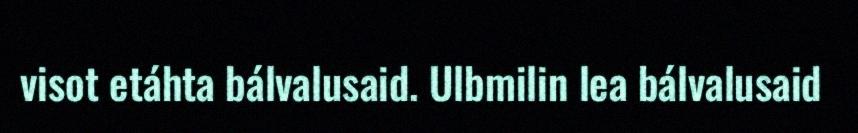
visot etáhta bálvalusaid. Ulbmilin lea bálvalusaid